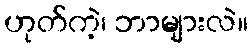
ဟုတ်ကဲ့၊ ဘာများလဲ။